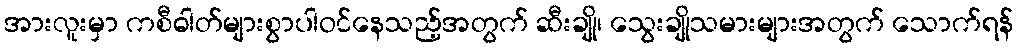
အားလူးမှာ ကစီဓါတ်များစွာပါဝင်နေသည့်အတွက် ဆီးချို၊ သွေးချိုသမားများအတွက် သောက်ရန်